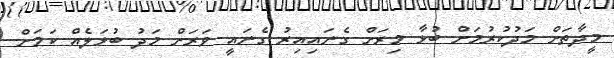
މީދާތަށް މަދުކުރުމަށް ބުޅާ މިރަށް ގެނައިއިރު ގެނައީ ވަރަށް މަދު ބުޅަލެއް ކަމަށް